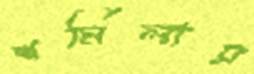
শর্মিলার